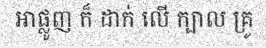
អាផ្លូញ ក៏ ដាក់ លើ ក្បាល គ្រូ